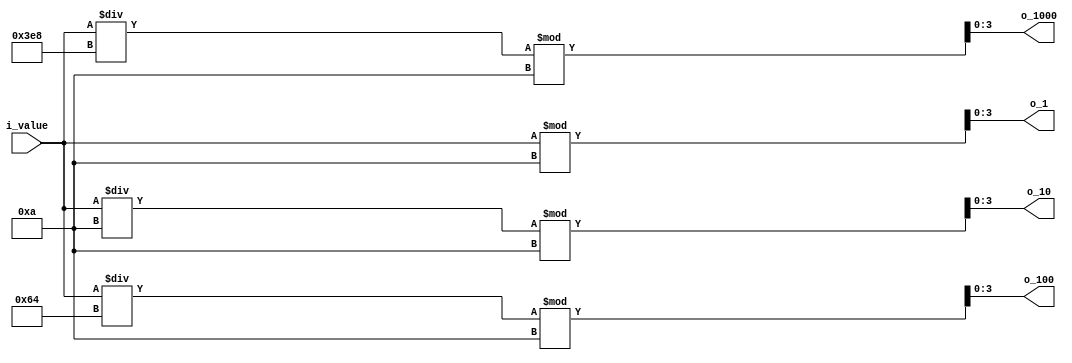
module digitDivider(
    input [13:0] i_value,
    
    output [3:0] o_1000, o_100, o_10, o_1
    );

    assign o_1      = i_value % 10;
    assign o_10     = i_value / 10 % 10;
    assign o_100    = i_value / 100 % 10;
    assign o_1000   = i_value /1000 % 10;

endmodule